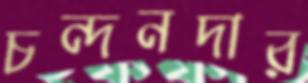
চন্দনদার